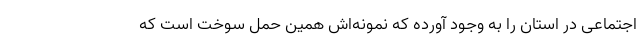
اجتماعی در استان را به وجود آورده که نمونه‌اش همین حمل سوخت است که